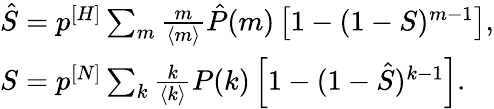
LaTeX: \begin{array}{l}{\hat{S}=p^{[H]}\sum_{m}\frac{m}{\langle m\rangle}\hat{P}(m)\left[1-(1-S)^{m-1}\right],}\\ {S=p^{[N]}\sum_{k}\frac{k}{\langle k\rangle}P(k)\left[1-(1-\hat{S})^{k-1}\right].}\end{array}